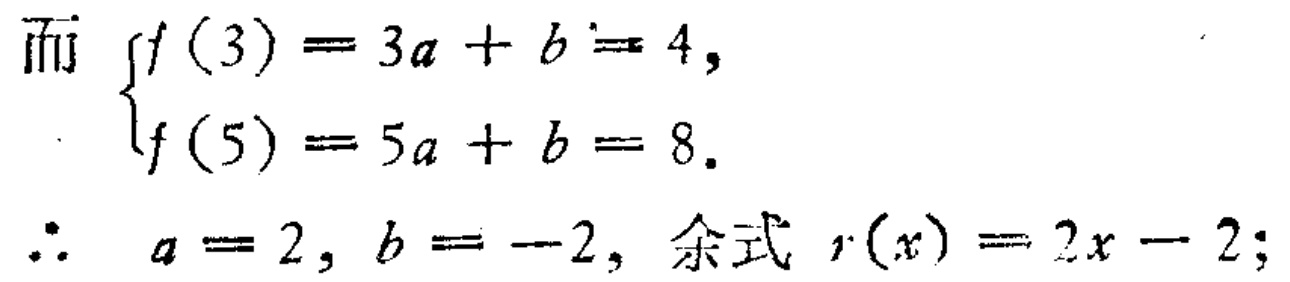
而 $\begin{cases}f(3)=3a + b = 4,\\f(5)=5a + b = 8.\end{cases}$

$\therefore a = 2, b = -2,$ 余式 $r(x)=2x - 2;$